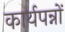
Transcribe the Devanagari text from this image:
कार्यपन्नों